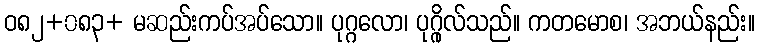
ဝ၈၂+၀၈၃+ မဆည်းကပ်အပ်သော။ ပုဂ္ဂလော၊ ပုဂ္ဂိုလ်သည်။ ကတမောစ၊ အဘယ်နည်း။